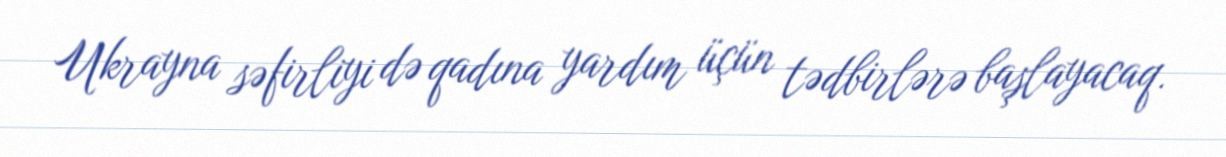
Ukrayna səfirliyi də qadına yardım üçün tədbirlərə başlayacaq.